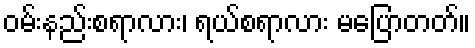
ဝမ်းနည်းစရာလား၊ ရယ်စရာလား မပြောတတ်။